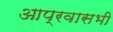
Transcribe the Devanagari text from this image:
आप्रवासभी